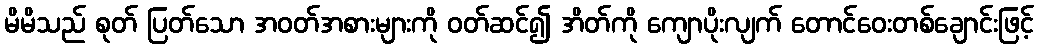
မိမိသည် စုတ် ပြတ်သော အဝတ်အစားများကို ဝတ်ဆင်၍ အိတ်ကို ကျောပိုးလျက် တောင်ဝေးတစ်ချောင်းဖြင့်